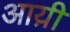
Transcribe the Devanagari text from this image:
आय़ी